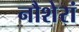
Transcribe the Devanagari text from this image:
नौशेरां